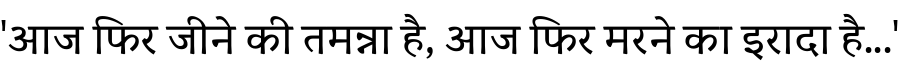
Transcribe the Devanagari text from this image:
'आज फिर जीने की तमन्ना है, आज फिर मरने का इरादा है...'